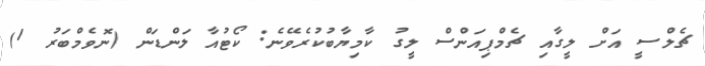
ޗެލްސީ އަށް ލީގާއި ޗެމްޕިއަންސް ލީގު ކާމިޔާބުކުރެވޭނެ: ކޯޓުއާ ލަންޑަން (ނޮވެމްބަރު 1)